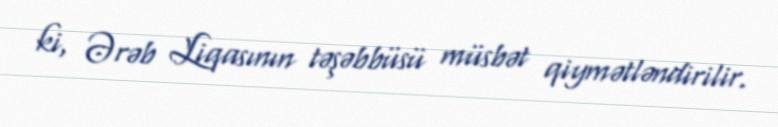
ki, Ərəb Liqasının təşəbbüsü müsbət qiymətləndirilir.